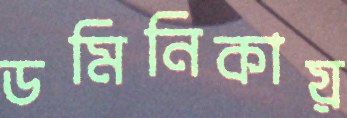
ডমিনিকায়